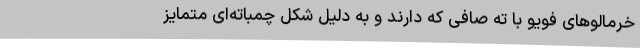
خرمالو‌های فویو با ته صافی که دارند و به دلیل شکل چمباته‌ای متمایز